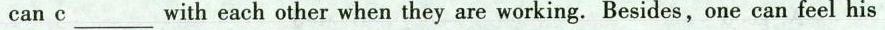
can c___ with each other when they are working. Besides,one can feel his